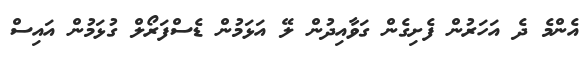
އެންމެ ދެ އަހަރުން ފެށިގެން ގަވާއިދުން ލޭ އަޅަމުން ޑެސްފަރޯލް ގުޅަމުން އައިސް